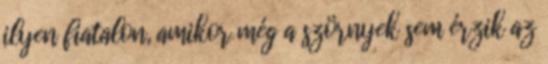
ilyen fiatalon, amikor még a szörnyek sem érzik az